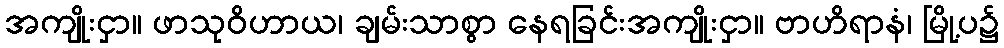
အကျိုးငှာ။ ဖာသုဝိဟာယ၊ ချမ်းသာစွာ နေရခြင်းအကျိုးငှာ။ ဗာဟိရာနံ၊ မြို့ပ၌